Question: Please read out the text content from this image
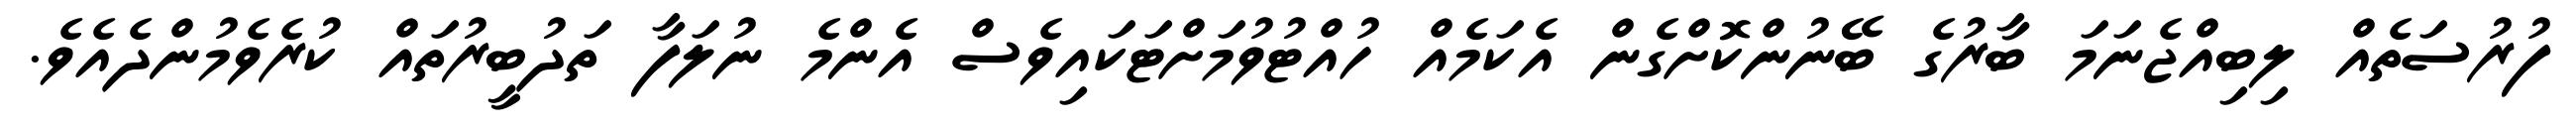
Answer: ފުރުސަތެއް ލިބިއްޖެނަމަ ބާރުގެ ބޭނުންކޮށްގެން އެކަމެއް ހުއްޓުވުމަށްޓަކައިވެސް އެންމެ ނުލަފާ ތަދުބީރުތައް ކުރެވެމުންދެއެވެ.